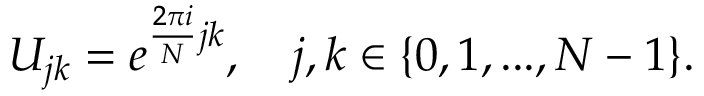
U _ { j k } = e ^ { \frac { 2 \pi i } { N } j k } , \quad j , k \in \{ 0 , 1 , . . . , N - 1 \} .